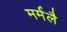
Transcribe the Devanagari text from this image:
मर्मलै